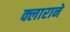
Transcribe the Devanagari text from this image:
क्लाराने